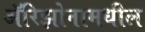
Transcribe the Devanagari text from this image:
ॲरिझोनामधील